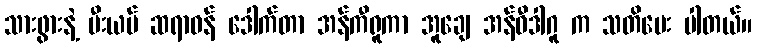
သားဖွားနဲ့ မီးယပ် ဆရာဝန် ဒေါက်တာ အန်ကီရူကာ အူချေ အန်ဝီဒါဂူ က သတိပေး ပါတယ်။